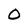
Character: O